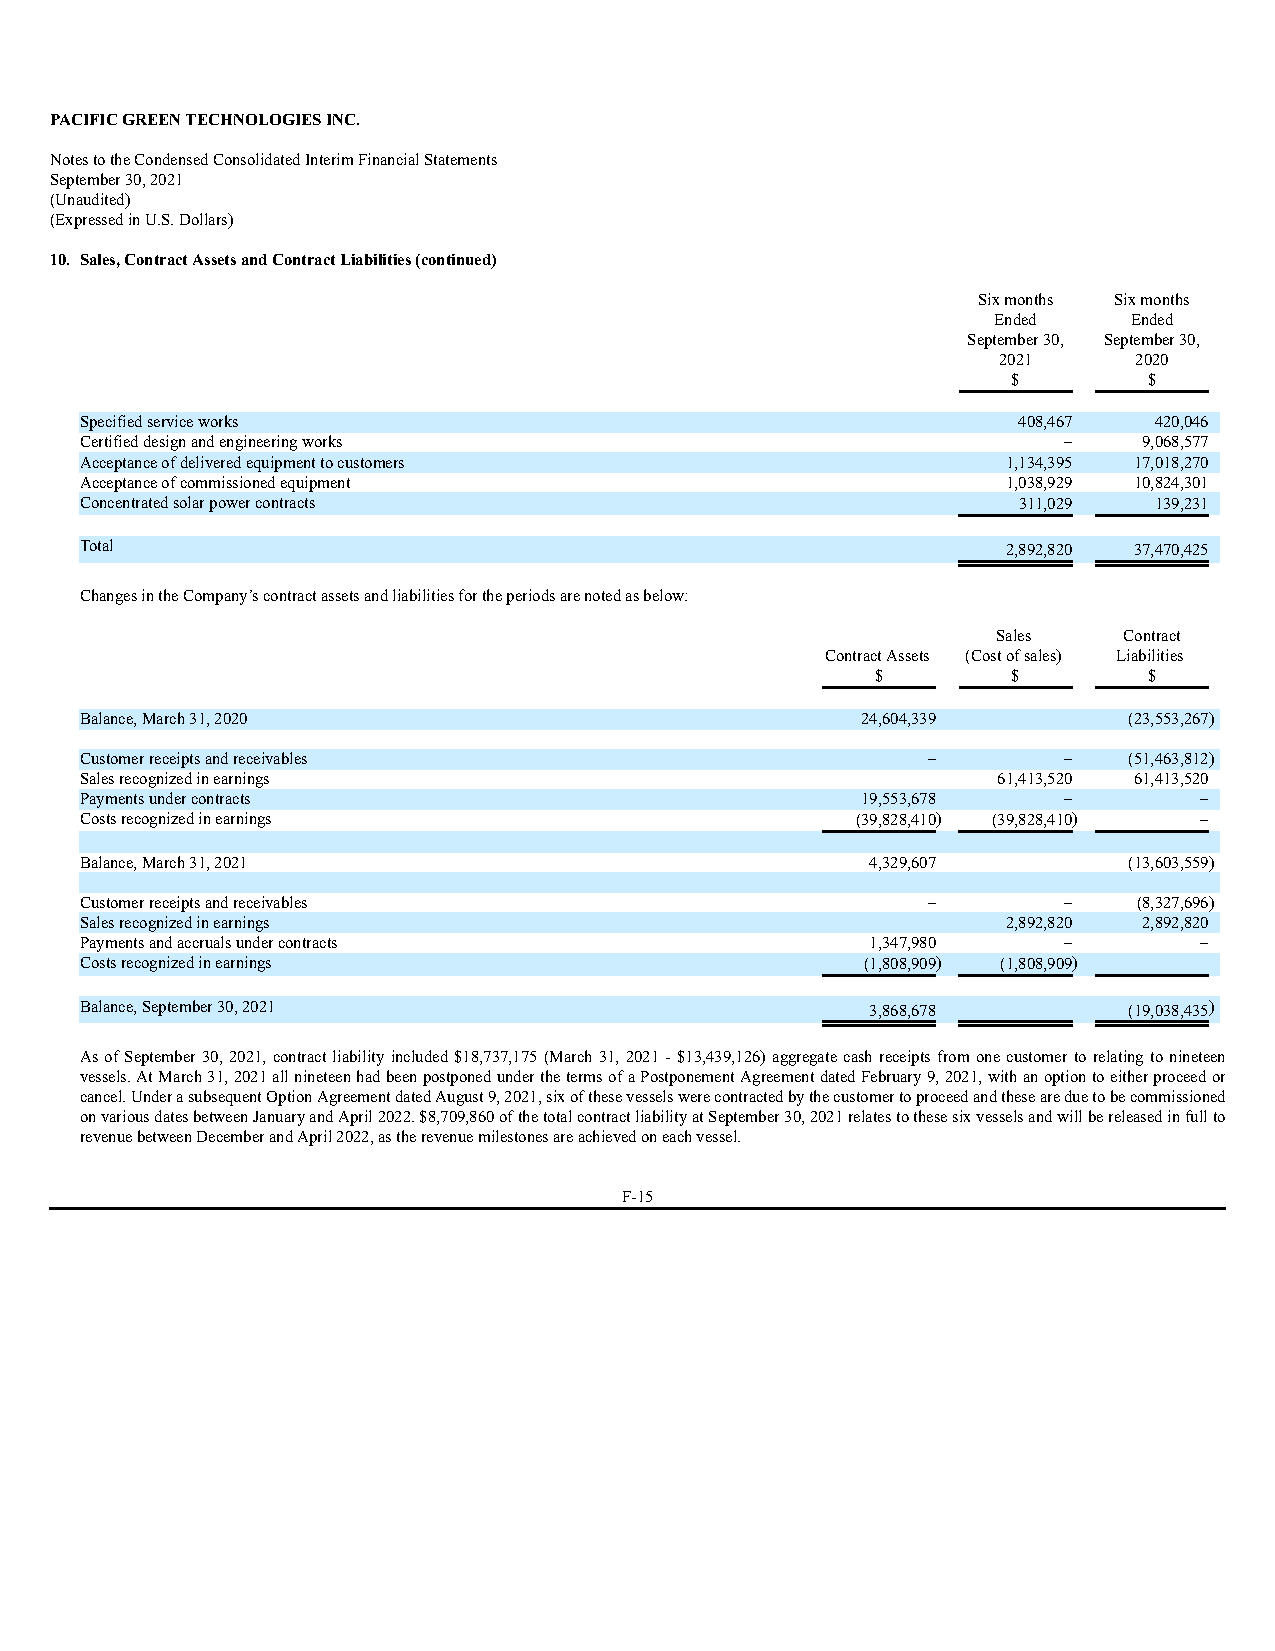
PACIFIC GREEN TECHNOLOGIES INC.
 Notes to the Condensed Consolidated Interim Financial Statements
 September 30, 2021
 (Unaudited)
 (Expressed in U.S. Dollars)
 10. Sales, Contract Assets and Contract Liabilities (continued)
 Six months Six months
 Ended    Ended
 September 30, September 30,
 2021     2020
 $        $
 Specified service works                                       408,467  420,046
 Certified design and engineering works                           –     9,068,577
 Acceptance of delivered equipment to customers                1,134,395 17,018,270
 Acceptance of commissioned equipment                          1,038,929 10,824,301
 Concentrated solar power contracts                            311,029  139,231
 Total                                                         2,892,820 37,470,425
 Changes in the Company’s contract assets and liabilities for the periods are noted as below:
 Sales   Contract
 Contract Assets (Cost of sa les) Liabilities
 $        $        $
 Balance, March 31, 2020                             24,604,339        (23,553,267)
 Customer receipts and receivables                       –        –    (51,463,812)
 Sales recognized in earnings                                 61,413,520 61,413,520
 Payments under contracts                            19,553,678   –        –
 Costs recognized in earnings                        (39,828,410) (39,828,410) –
 Balance, March 31, 2021                              4,329,607        (13,603,559)
 Customer receipts and receivables                       –        –    (8,327,696)
 Sales recognized in earnings                                  2,892,820 2,892,820
 Payments and accruals under contracts                1,347,980   –        –
 Costs recognized in earnings                        (1,808,909) (1,808,909)
 Balance, September 30, 2021                          3,868,678        (19,038,435)
 As of September 30, 2021, contract liability included $18,737,175 (March 31, 2021 - $13,439,126) aggregate cash receipts from one customer to relating to nineteen
 vessels. At March 31, 2021 all nineteen had been postponed under the terms of a Postponement Agreement dated February 9, 2021, with an option to either proceed or
 cancel. Under a subsequent Option Agreement dated August 9, 2021, six of these vessels were contracted by the customer to proceed and these are due to be commissioned
 on various dates between January and April 2022. $8,709,860 of the total contract liability at September 30, 2021 relates to these six vessels and will be released in full to
 revenue between December and April 2022, as the revenue milestones are achieved on each vessel.
 F-15